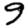
Digit: 9